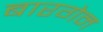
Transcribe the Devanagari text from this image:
बारगेन